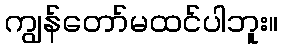
ကျွန်တော်မထင်ပါဘူး။